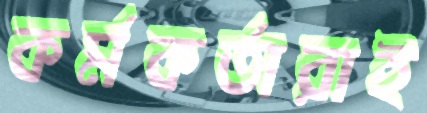
কর্মকর্তারাই